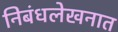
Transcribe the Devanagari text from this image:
निबंधलेखनात